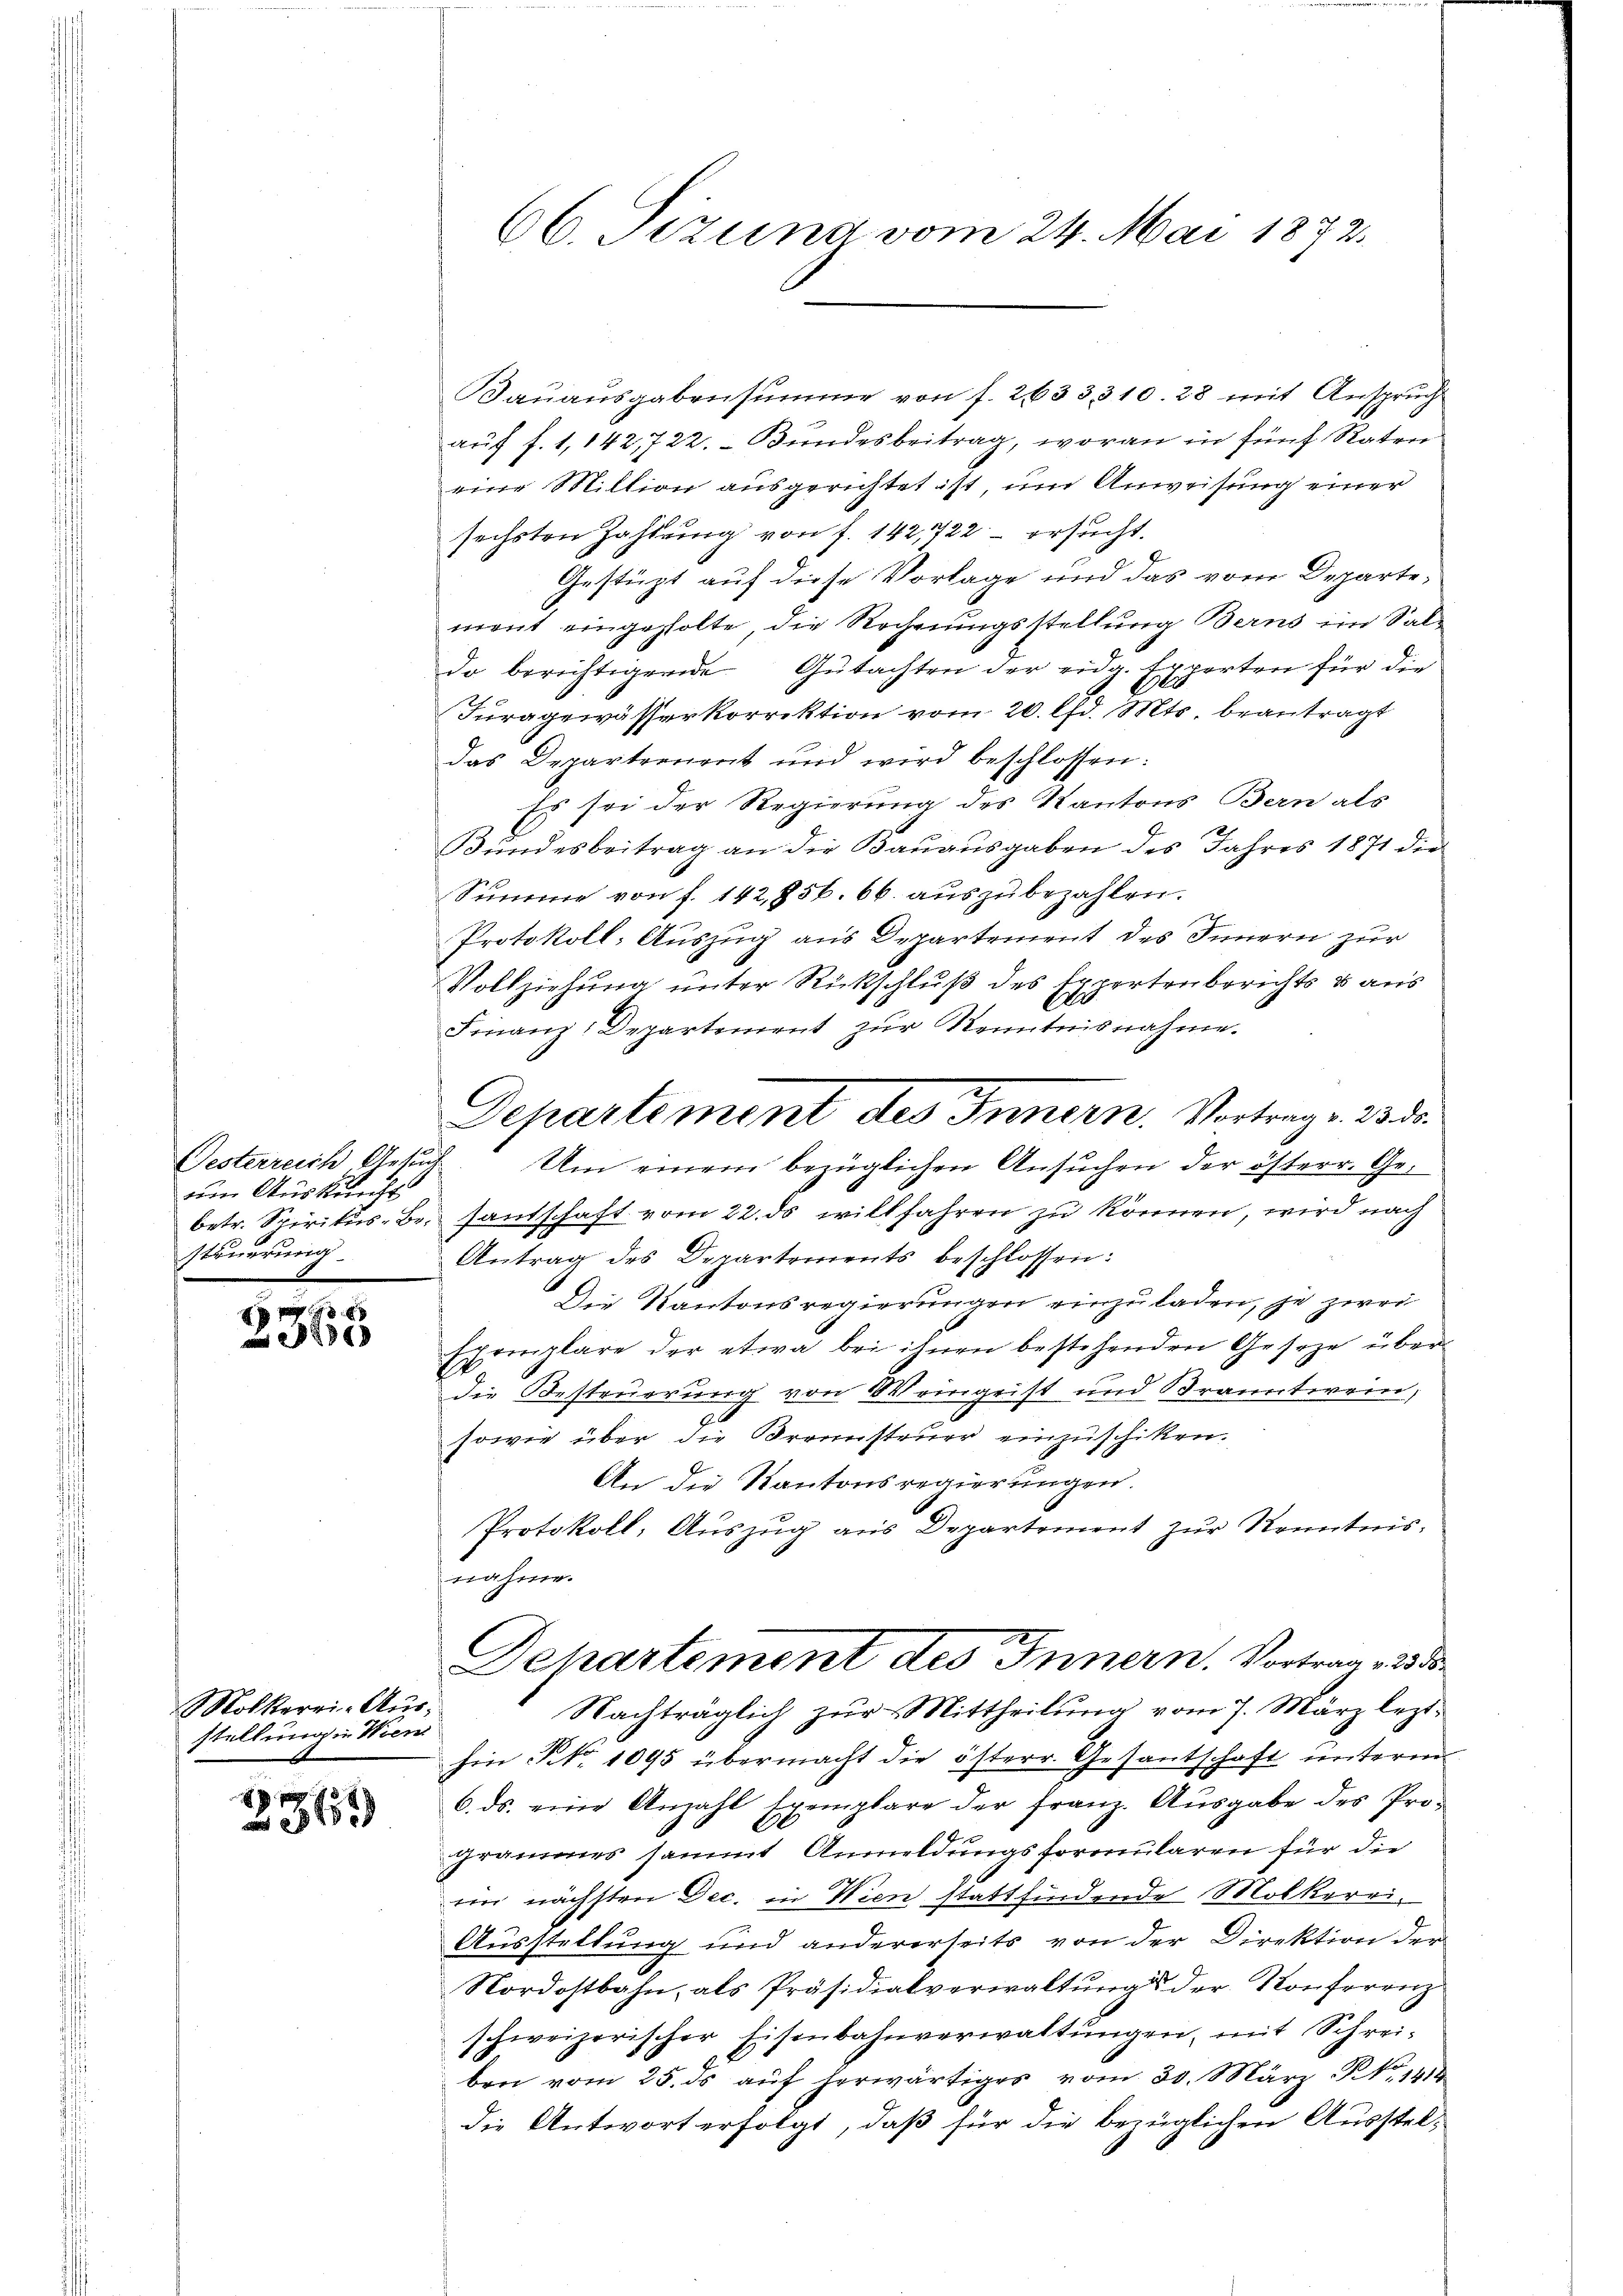
Gesterreich, Gesuche
um Auskunft
steuerung.

6
 849

Mölkerri-Ausstellung in Wien

2369

66. Fezung vom 24. Mai 1872.

Bauausgabensumme von f. 2633, 310. 28 mit Anspruch
auf f. 1,142, 722. Bundesbeitrag, woran in fünf Raten
eine Million ausgerichtet ist, um Anweisung einer
sechsten Zahlung von f. 142,722 - ersucht.
Gestüzt auf diese Vorlage und das vom Departement eingeholte, die Rechnungsstellung Berns im Saldo berichtigende Gutachten der eidg. Experten für die
Furagewässerkorrektion vom 20. d. Mts. beantragt
das Departement und wird beschlossen:
Es sei der Regierung des Kantons Bern als
Bŭndesbeitrag an die Baŭaŭsgaben des Jahres 1871 die
Summe von f. 142,856. 66. aŭszŭbezahlen.
Protokoll- Auszug aus Departement des Innern zur
Vollziehung unter Rückschluß des Expertenberichts & aus
Finanz-Departement zŭr Kenntnisnahme.
betr. Spirikus-Br. santschaft vom 22. ds willfahren zu können, wird nach
Antrag des Departements beschlossen:
Die Kantonsregierungen einzuladen, je zwei
Exemplare der etwa bei ihnen bestehenden Geseze überdie Besteuerung von Weingrist und Branntwein,
sowie über die Brennsteuer einzuschiken.
An die Kantonsregierungen.
Protokoll, Auszug aus Departement zur Kenntnisnahmen
Dehartement des Innern. Vortrag v. 233
Nachträglich zŭr Mittheilŭng vom 7. März lezthin No. 1095 übermacht die österr. Gesantschaft untere
6. ds. eine Anzahl Exemplare der franz. Aŭsgabe des Pro-
grammes sammt Anmeldungsformularen für die
ein nächsten Dec. in Wien stattfindende Molkerei¬
Ausstellung und andererseits von der Direktion der
Nordostbahn, als Präsidialverwaltŭng der Konferenz
schweizerischer Eisenbahnverwaltŭngen, mit Schrei-
ben vom 25. ds aŭf herwärtiges vom 30. März No. 1414
die Antwort erfolgt, daß für die bezüglichen Ausstel¬

Departement des Innern. Vortrag. 23. ds.
Um einem bezüglichen Ansuchen der österr. Ge¬